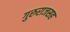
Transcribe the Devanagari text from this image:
गुरुराजसह